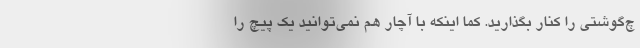
چ‌گوشتی را کنار بگذارید. کما اینکه با آچار هم نمی‌توانید یک پیچ را